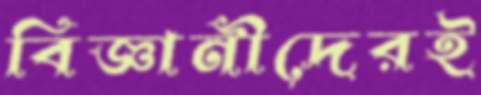
বিজ্ঞানীদেরই